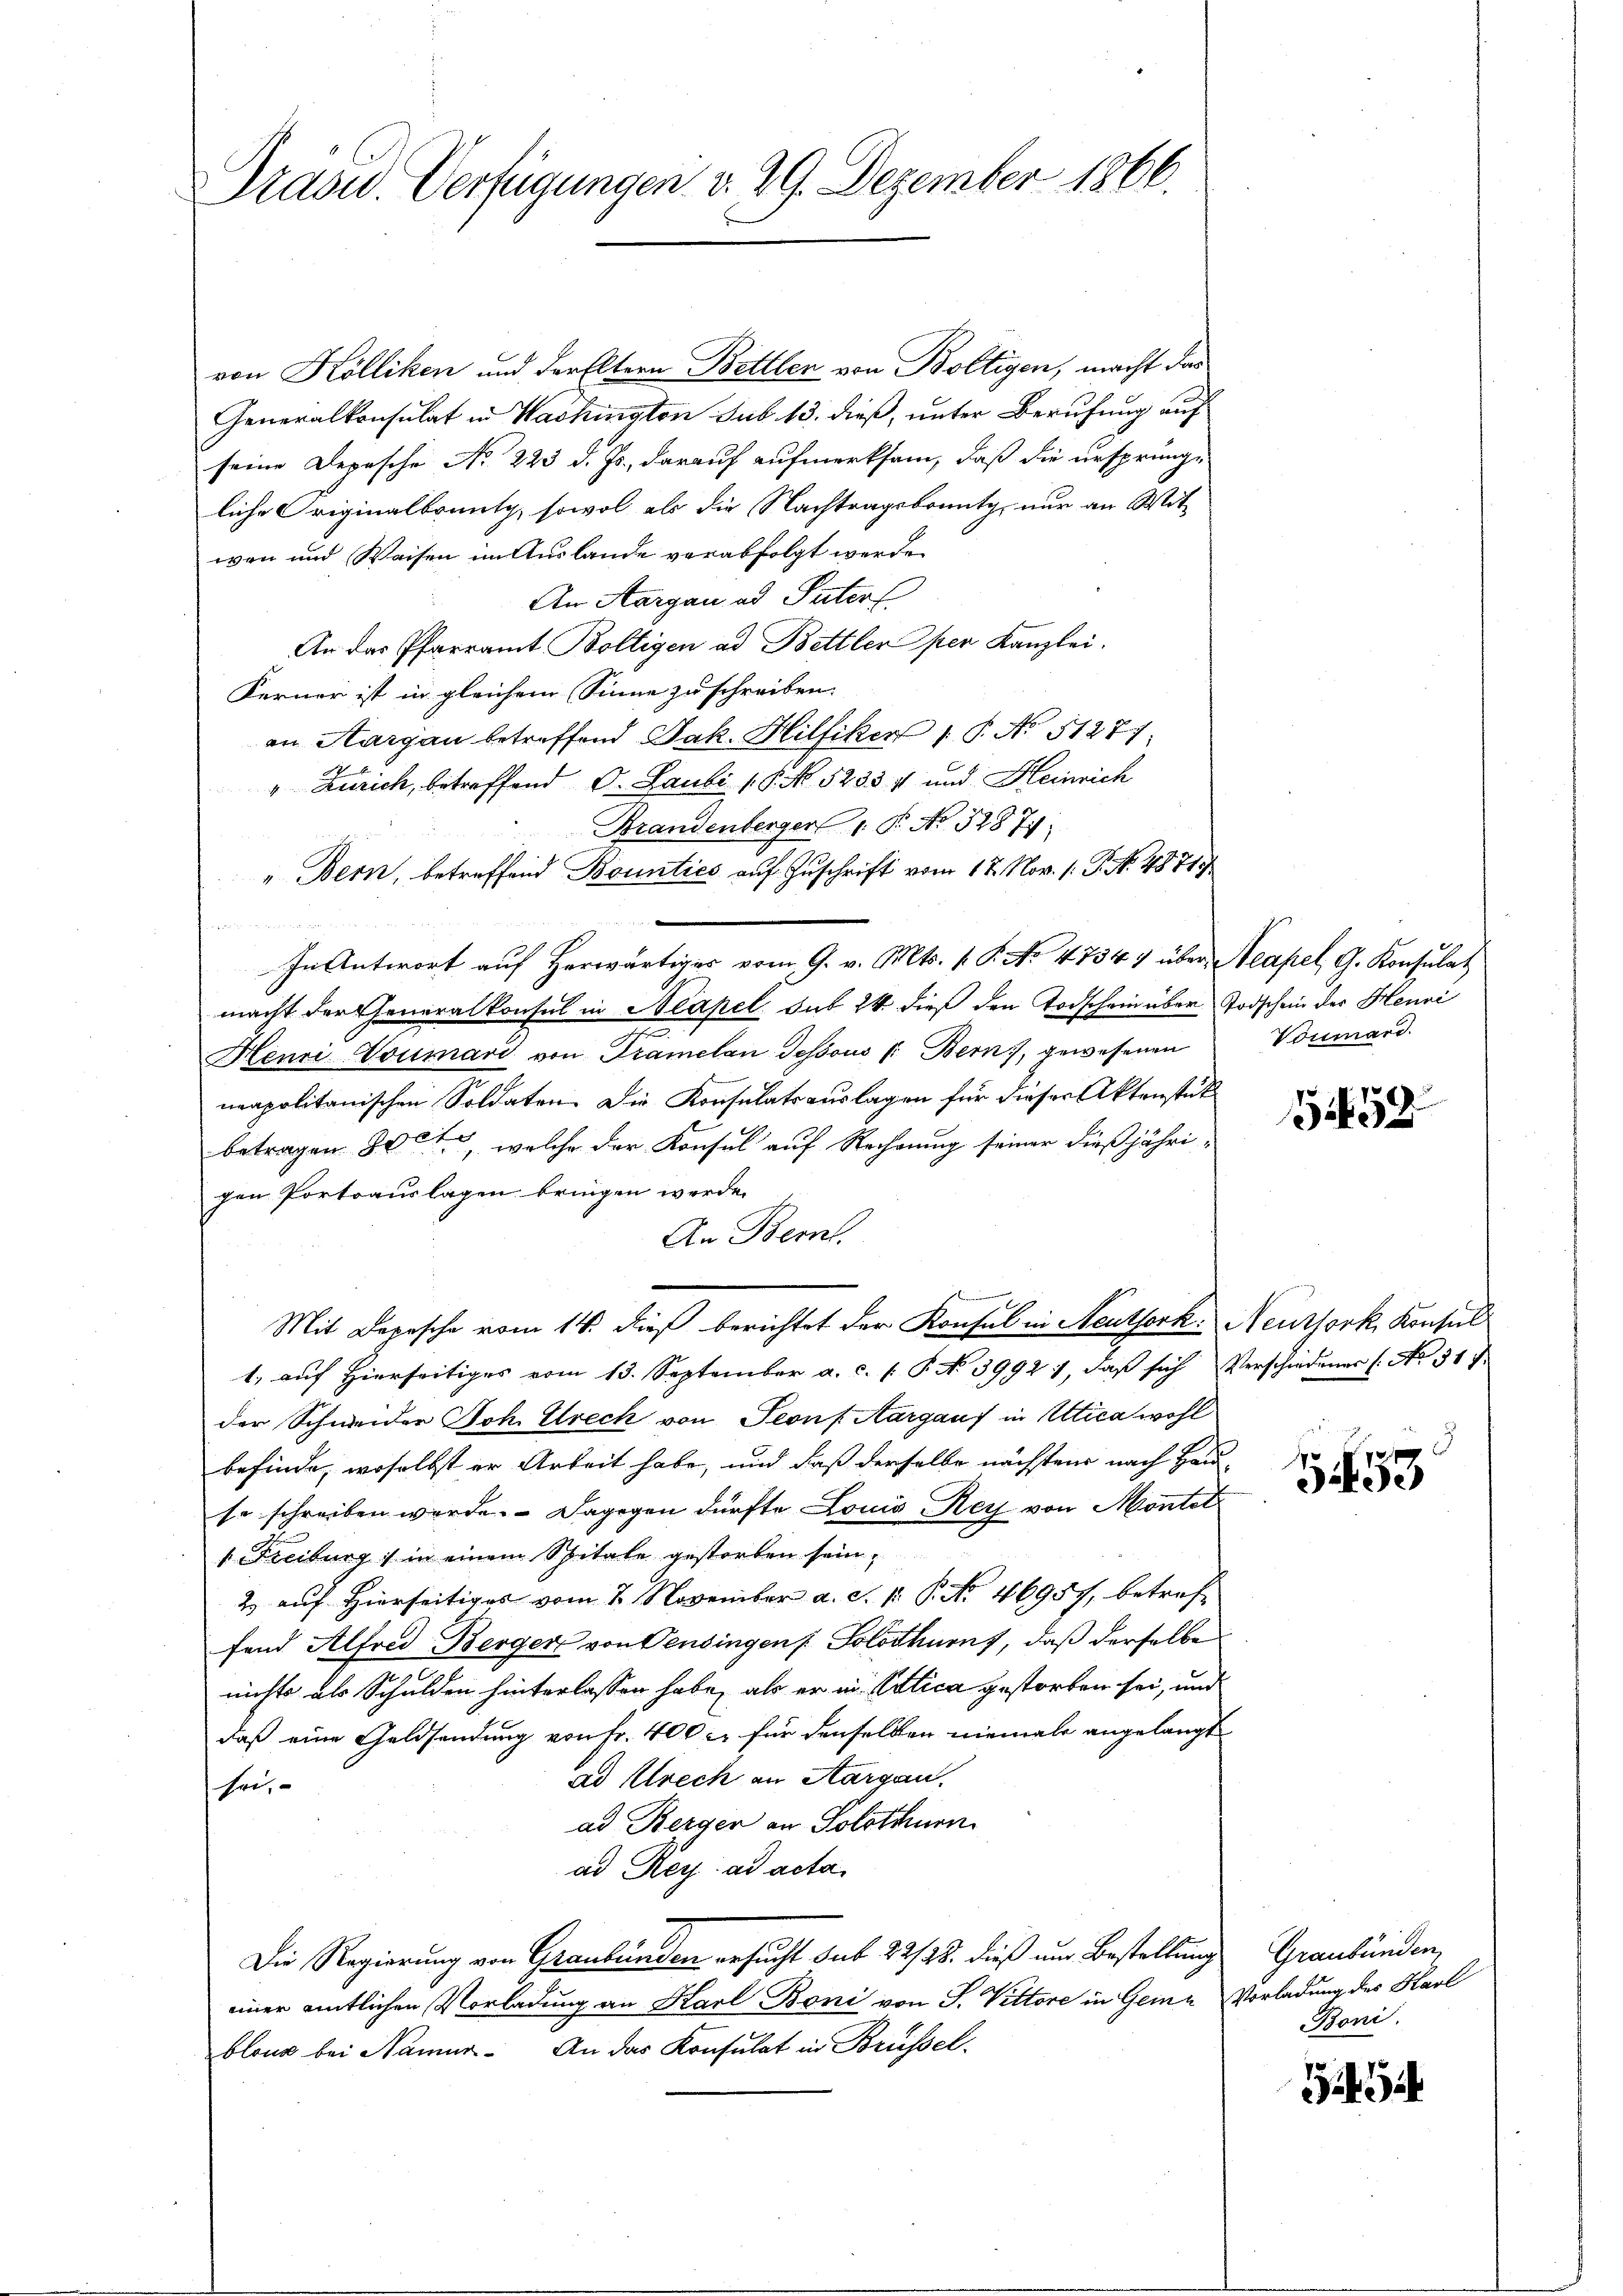
Drasu. Verfügungen v. 29. Dezember 1866.

von Kölliken und der Eltern Bettler von Boltigen, macht das
Generalkonsulat in Washington sub 13. dieß, unter Berufung auf
seine Depesche No 223 d. Js., darauf aufmerksam, daß die ursprüng-
liche Originalbounty, sowol als die Nachtragsbrüntg, nur an Mit-
wen und Weisen im Auslande verabfolgt werde.
An Aargau, ad Paterf
An das Pfarramt Boltigen ad Bettler per Kanzlei.
Kerner ist in gleichem Sinne zu schreiben.
an Aargau betreffend Jak. Hilfiker 1 P. No 51277.
" Zürich, betreffend C. Laubi (§. No. 52357 und Heinrich
Brandenberger 1 S. No. 32871.
" Bern, betreffend Bounties auf Zuschrift vom 17. Nov. 1. P. No. 4871
t bald d. d. M. bei den
In Antwort aŭf herwärtiges vom 9. v. Mts. v. P. No. 47347 über Neapel, G. Konsulat
macht der Generalkonsul in Neapel sub 24 dieß den Todschein über Todschein der Heuvi
Henri Voumari von Tramelan Tessous l. Bern, gewesenen
neapolitanischen Soldaten. Die Konsulatsauslagen für dieser Aktenstück
betragen 800, welche der Konsul auf Rechnung seiner dießjährigen Portoauslagen bringen werde.
An Bern.
Mit Depesche vom 14. dieß berichtet der Konsul in Neuthork Neuthork, Konsul
1. auf hierseitiges vom 13. September a. c. l. P. No 3992), daβ sich Verschiedenes No 317.
der Schweider Joh. Streck von Seons Aargaus in Altica wohl
befinde, woselbst er Arbeit habe, und daß derselbe nächstens nach Haus-
so schreiben werde. Dagegen dürfte Louis Rey von Montel
1 Freiburg in einem Spitale gestorben sein,
2) auf Hierseitiges vom 2. November a. S. 1. P. No. 46957, betreffend Alfred Berger von Pensingen ( Solothurn, daß derselben
nichts als Schulden hinterlassen habe, als er in Uetica gestorben sei, und
daß eine Geldsendung von Fr. 400 l. für denselben niemale angelangt
ad Ulrech an Aargau.
hei,
ad Berger an Solothurn
ad Rey ad acta
Die Regierung von Graubünden ersucht sub 22/28. dieß um Bestellung
einer amtlichen Vorladung an Karl Boni von J. Vittore in Geme Vorladung des Karl
blone bei Namer. An das Konsulat in Brüssel

Vorimard.

158

5453

Graubünden,
Poni.

1454